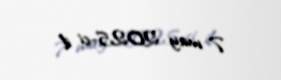
7 may 2025-ci il